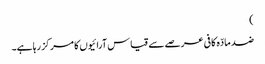
)
ضد مادّہ کافی عرصے سے قیاس آرائیوں کا مرکز رہا ہے۔